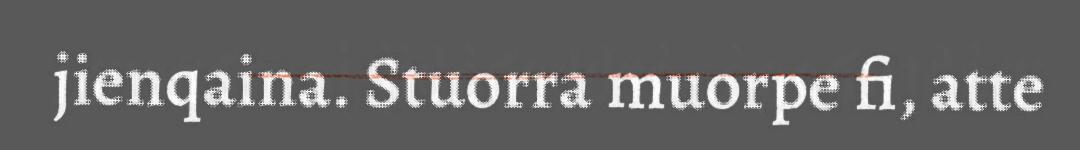
jienqaina. Stuorra muorpe fi, atte